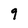
Character: 9